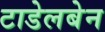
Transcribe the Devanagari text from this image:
टाडेलबेन